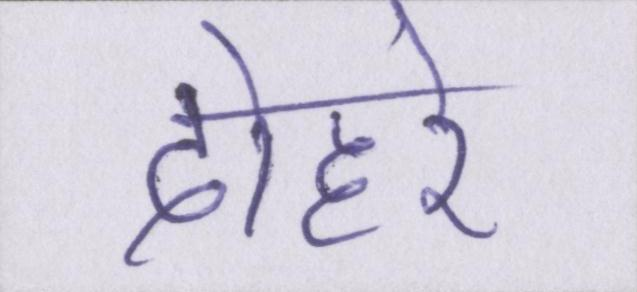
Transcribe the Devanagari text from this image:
दोहरे